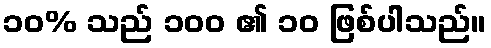
၁၀% သည် ၁၀၀ ၏ ၁၀ ဖြစ်ပါသည်။